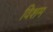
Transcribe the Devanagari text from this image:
विशम